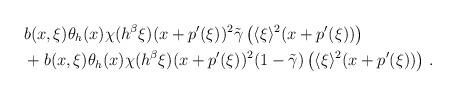
LaTeX: \begin{align*}& b(x,\xi)\theta_h(x)\chi(h^{\beta}\xi)(x+p'(\xi))^2 \tilde{\gamma}\left(\langle\xi\rangle^2(x+p'(\xi)) \right) \\& + b(x,\xi)\theta_h(x)\chi(h^{\beta}\xi)(x+p'(\xi))^2 (1-\tilde{\gamma})\left(\langle\xi\rangle^2(x+p'(\xi)) \right)\,.\end{align*}